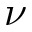
\nu